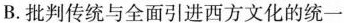
B.批判传统与全面引进西方文化的统一